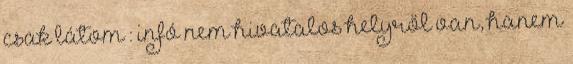
csak látom : infó nem hivatalos helyről van, hanem